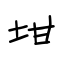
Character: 坩